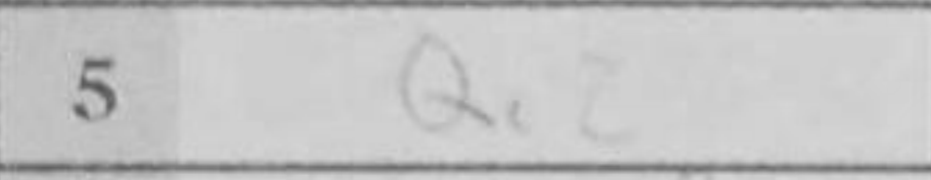
Transcription: Qc2